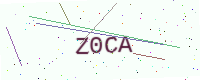
Text: Z0CA